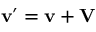
\mathbf { v } ^ { \prime } = \mathbf { v } + \mathbf { V }